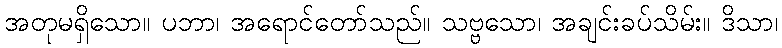
အတုမရှိသော။ ပဘာ၊ အရောင်တော်သည်။ သဗ္ဗသော၊ အချင်းခပ်သိမ်း။ ဒိသာ၊